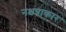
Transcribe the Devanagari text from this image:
नक्षत्राकार